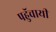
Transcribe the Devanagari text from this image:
पहुॅचायी